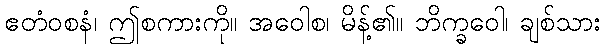
ဧတံဝစနံ၊ ဤစကားကို။ အဝေါစ၊ မိန့်၏။ ဘိက္ခဝေါ၊ ချစ်သား